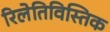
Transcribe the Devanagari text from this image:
रिलेतिविस्तिक